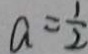
a = \frac { 1 } { 2 }